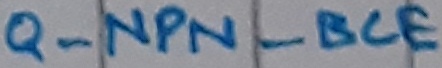
Text: Q_NPN_BCE